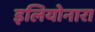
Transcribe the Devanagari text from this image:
इलियोनारा